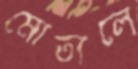
মোতালে